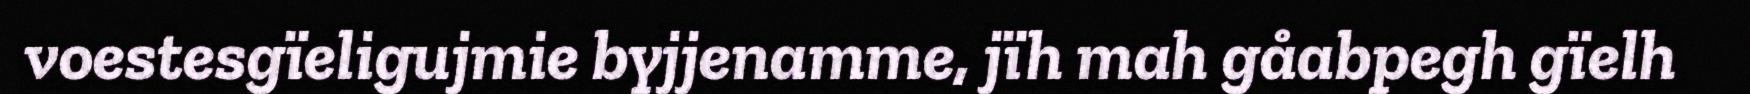
voestesgïeligujmie byjjenamme, jïh mah gåabpegh gïelh